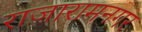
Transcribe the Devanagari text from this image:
राजारामनगर